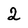
Character: 2